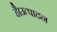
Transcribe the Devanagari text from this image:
है।उत्पादन